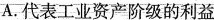
A.代表工业资产阶级的利益